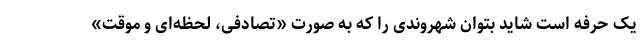
یک حرفه است شاید بتوان شهروندی را که به صورت «تصادفی، لحظه‌ای و موقت»